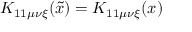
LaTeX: K _ { 1 1 \mu \nu \xi } ( \tilde { x } ) = K _ { 1 1 \mu \nu \xi } ( x )